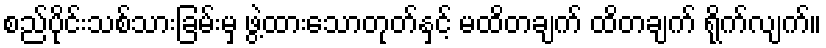
စည်ပိုင်းသစ်သားခြမ်းမှ ဖွဲ့ထားသောတုတ်နှင့် မထိတချက် ထိတချက် ရိုက်လျက်။